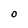
Character: O